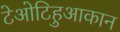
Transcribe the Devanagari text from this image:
टेओटिहुआकान